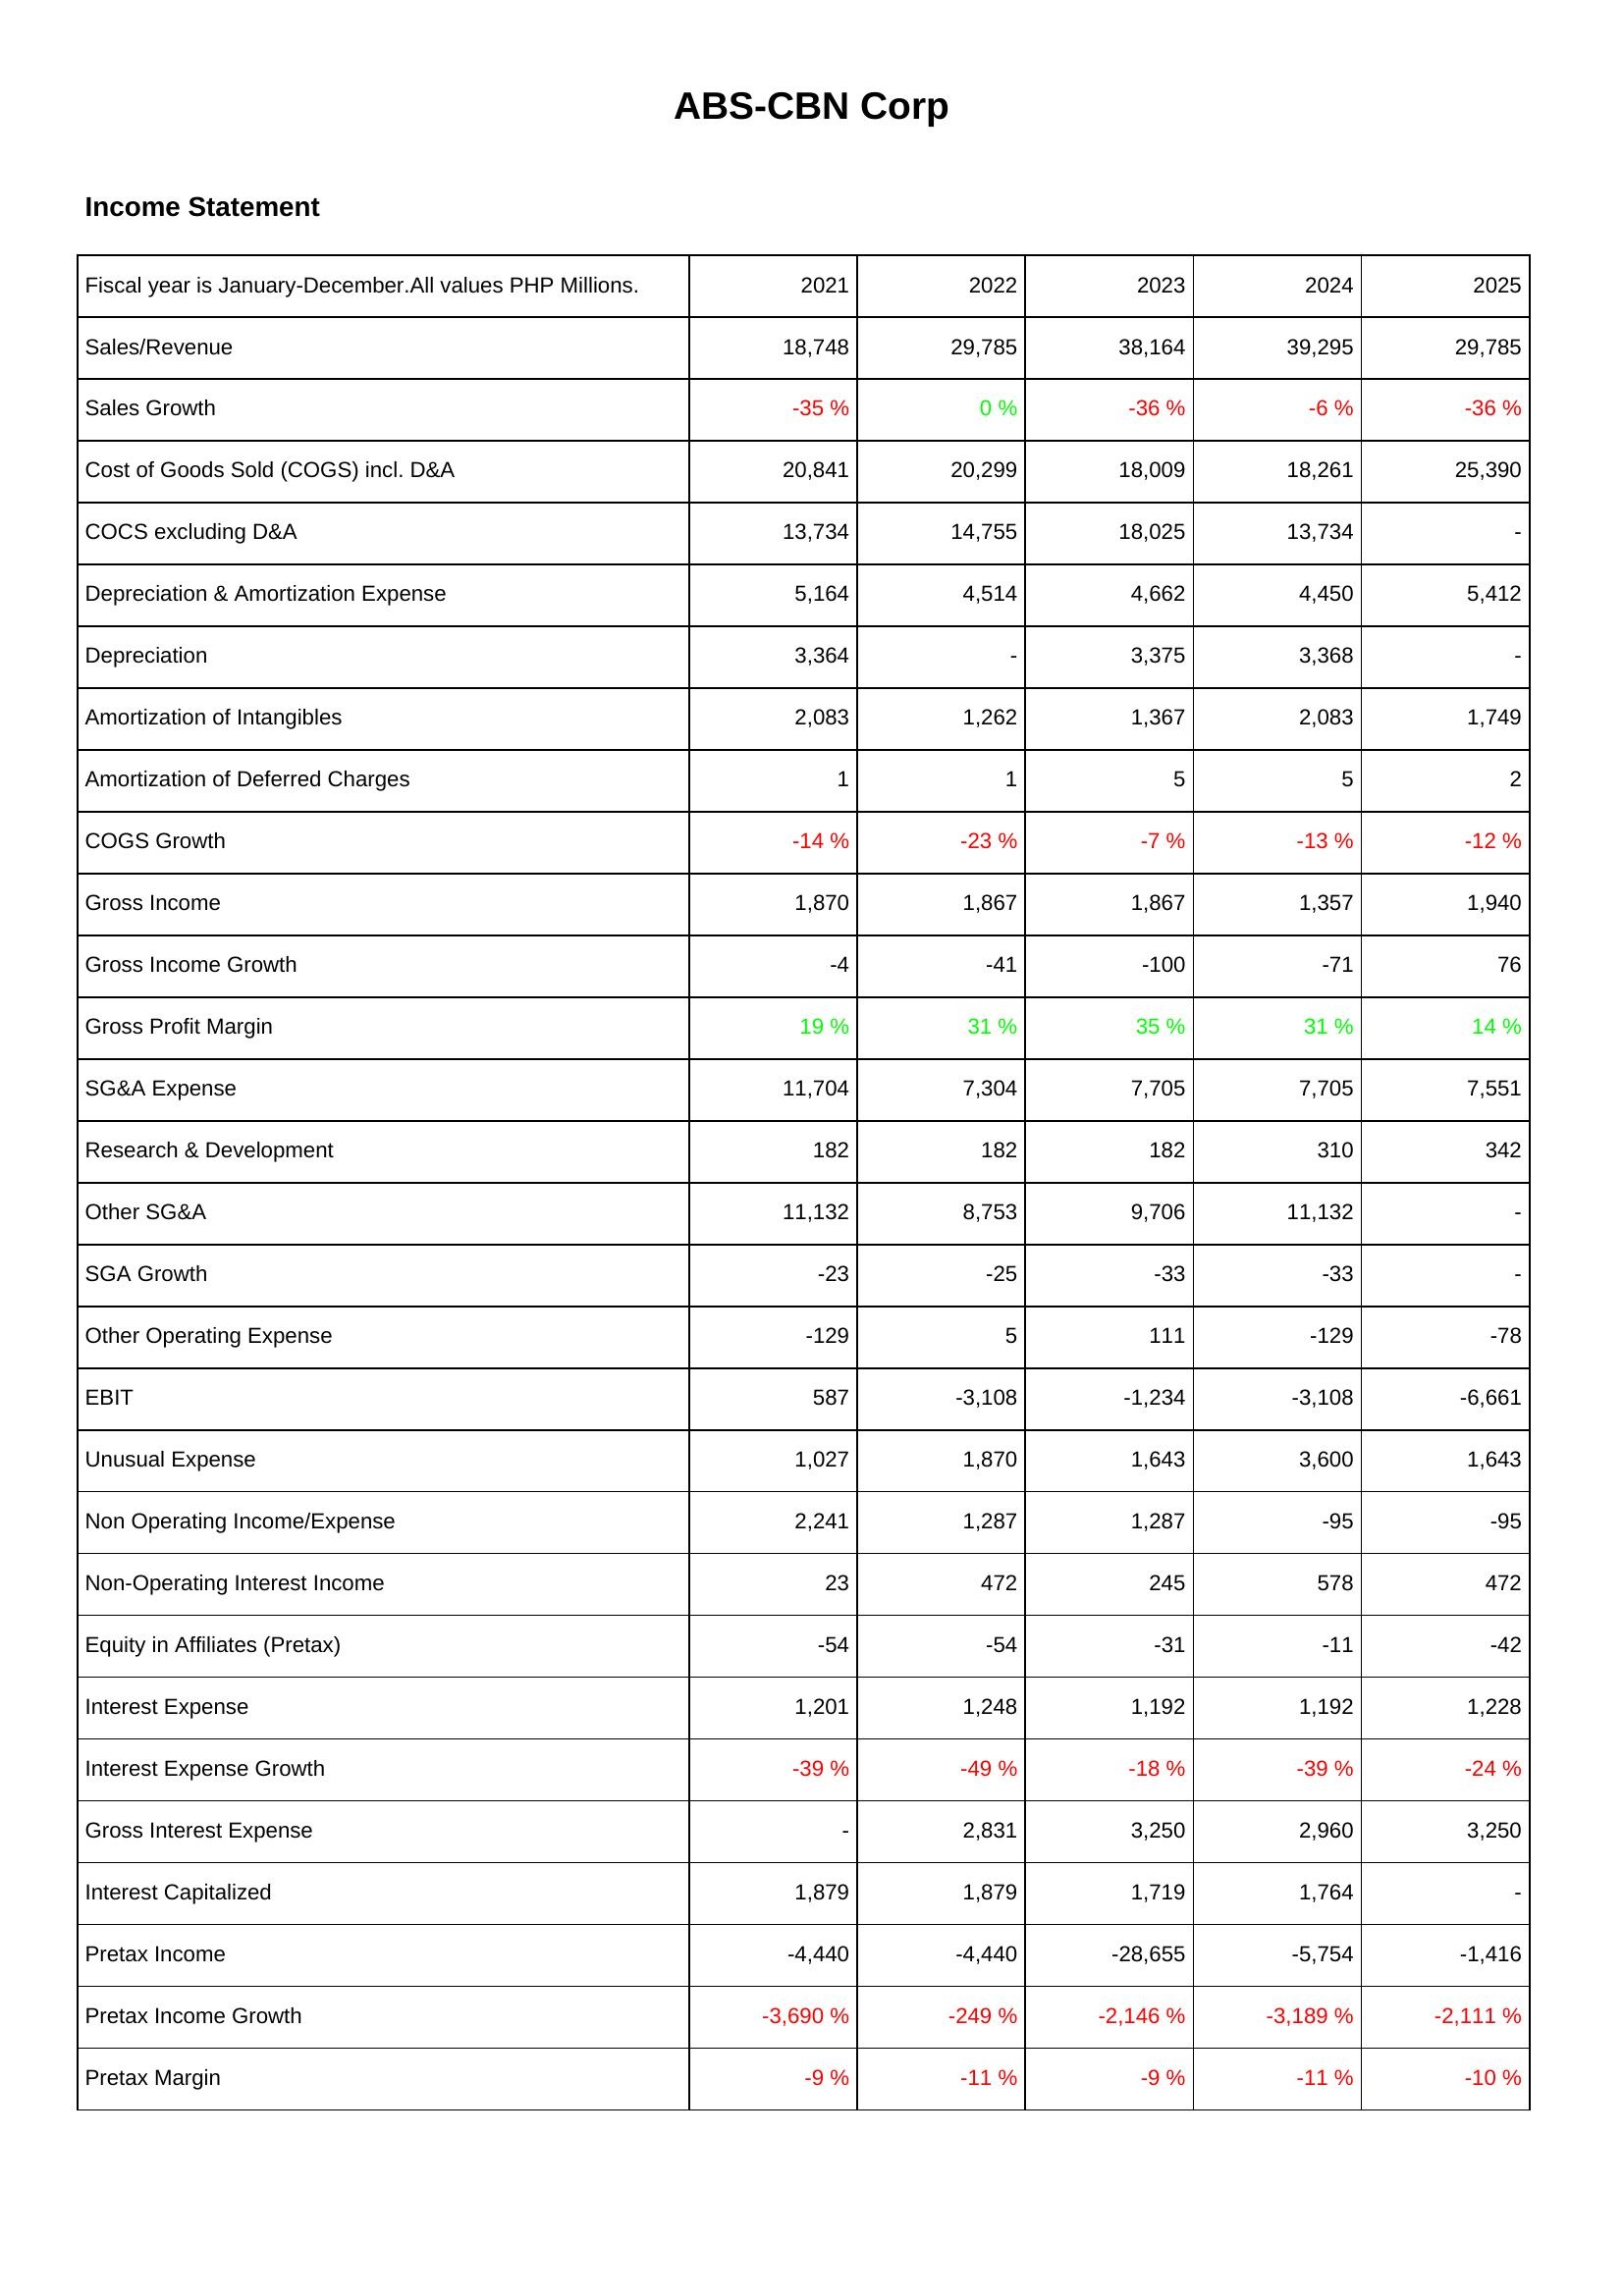
2021: Income Statement: Sales/Revenue: 18,748
Sales Growth: -35 %
Cost of Goods Sold (COGS) incl. D&A: 20,841
COCS excluding D&A: 13,734
Depreciation & Amortization Expense: 5,164
Depreciation: 3,364
Amortization of Intangibles: 2,083
Amortization of Deferred Charges: 1
COGS Growth: -14 %
Gross Income: 1,870
Gross Income Growth: -4
Gross Profit Margin: 19 %
SG&A Expense: 11,704
Research & Development: 182
Other SG&A: 11,132
SGA Growth: -23
Other Operating Expense: -129
EBIT: 587
Unusual Expense: 1,027
Non Operating Income/Expense: 2,241
Non-Operating Interest Income: 23
Equity in Affiliates (Pretax): -54
Interest Expense: 1,201
Interest Expense Growth: -39 %
Gross Interest Expense: -
Interest Capitalized: 1,879
Pretax Income: -4,440
Pretax Income Growth: -3,690 %
Pretax Margin: -9 %
2022: Income Statement: Sales/Revenue: 29,785
Sales Growth: 0 %
Cost of Goods Sold (COGS) incl. D&A: 20,299
COCS excluding D&A: 14,755
Depreciation & Amortization Expense: 4,514
Depreciation: -
Amortization of Intangibles: 1,262
Amortization of Deferred Charges: 1
COGS Growth: -23 %
Gross Income: 1,867
Gross Income Growth: -41
Gross Profit Margin: 31 %
SG&A Expense: 7,304
Research & Development: 182
Other SG&A: 8,753
SGA Growth: -25
Other Operating Expense: 5
EBIT: -3,108
Unusual Expense: 1,870
Non Operating Income/Expense: 1,287
Non-Operating Interest Income: 472
Equity in Affiliates (Pretax): -54
Interest Expense: 1,248
Interest Expense Growth: -49 %
Gross Interest Expense: 2,831
Interest Capitalized: 1,879
Pretax Income: -4,440
Pretax Income Growth: -249 %
Pretax Margin: -11 %
2023: Income Statement: Sales/Revenue: 38,164
Sales Growth: -36 %
Cost of Goods Sold (COGS) incl. D&A: 18,009
COCS excluding D&A: 18,025
Depreciation & Amortization Expense: 4,662
Depreciation: 3,375
Amortization of Intangibles: 1,367
Amortization of Deferred Charges: 5
COGS Growth: -7 %
Gross Income: 1,867
Gross Income Growth: -100
Gross Profit Margin: 35 %
SG&A Expense: 7,705
Research & Development: 182
Other SG&A: 9,706
SGA Growth: -33
Other Operating Expense: 111
EBIT: -1,234
Unusual Expense: 1,643
Non Operating Income/Expense: 1,287
Non-Operating Interest Income: 245
Equity in Affiliates (Pretax): -31
Interest Expense: 1,192
Interest Expense Growth: -18 %
Gross Interest Expense: 3,250
Interest Capitalized: 1,719
Pretax Income: -28,655
Pretax Income Growth: -2,146 %
Pretax Margin: -9 %
2024: Income Statement: Sales/Revenue: 39,295
Sales Growth: -6 %
Cost of Goods Sold (COGS) incl. D&A: 18,261
COCS excluding D&A: 13,734
Depreciation & Amortization Expense: 4,450
Depreciation: 3,368
Amortization of Intangibles: 2,083
Amortization of Deferred Charges: 5
COGS Growth: -13 %
Gross Income: 1,357
Gross Income Growth: -71
Gross Profit Margin: 31 %
SG&A Expense: 7,705
Research & Development: 310
Other SG&A: 11,132
SGA Growth: -33
Other Operating Expense: -129
EBIT: -3,108
Unusual Expense: 3,600
Non Operating Income/Expense: -95
Non-Operating Interest Income: 578
Equity in Affiliates (Pretax): -11
Interest Expense: 1,192
Interest Expense Growth: -39 %
Gross Interest Expense: 2,960
Interest Capitalized: 1,764
Pretax Income: -5,754
Pretax Income Growth: -3,189 %
Pretax Margin: -11 %
2025: Income Statement: Sales/Revenue: 29,785
Sales Growth: -36 %
Cost of Goods Sold (COGS) incl. D&A: 25,390
COCS excluding D&A: -
Depreciation & Amortization Expense: 5,412
Depreciation: -
Amortization of Intangibles: 1,749
Amortization of Deferred Charges: 2
COGS Growth: -12 %
Gross Income: 1,940
Gross Income Growth: 76
Gross Profit Margin: 14 %
SG&A Expense: 7,551
Research & Development: 342
Other SG&A: -
SGA Growth: -
Other Operating Expense: -78
EBIT: -6,661
Unusual Expense: 1,643
Non Operating Income/Expense: -95
Non-Operating Interest Income: 472
Equity in Affiliates (Pretax): -42
Interest Expense: 1,228
Interest Expense Growth: -24 %
Gross Interest Expense: 3,250
Interest Capitalized: -
Pretax Income: -1,416
Pretax Income Growth: -2,111 %
Pretax Margin: -10 %